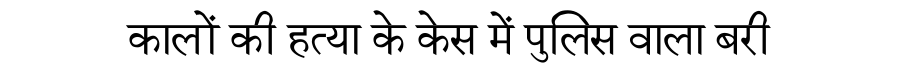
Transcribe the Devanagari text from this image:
कालों की हत्या के केस में पुलिस वाला बरी